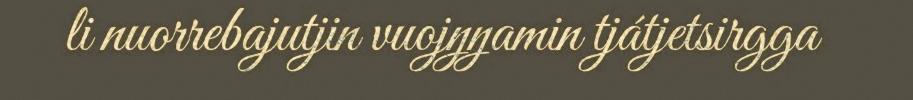
li nuorrebajutjin vuojŋŋamin tjátjetsirgga